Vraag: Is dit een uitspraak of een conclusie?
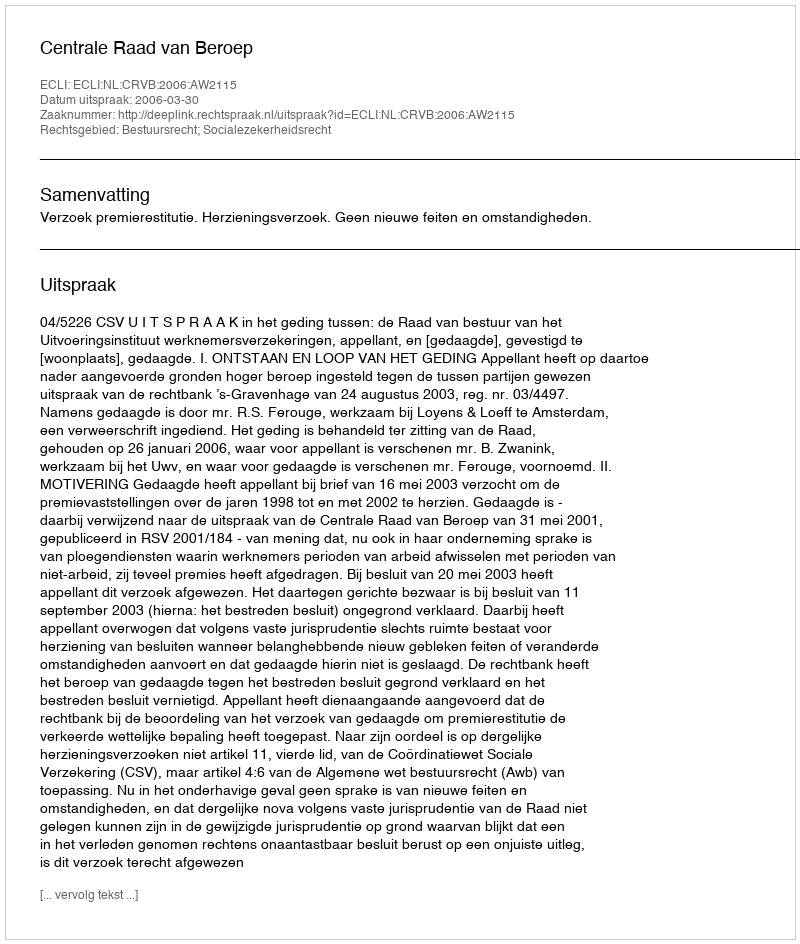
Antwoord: Uitspraak